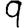
Digit: 9